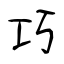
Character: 巧